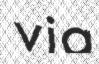
via